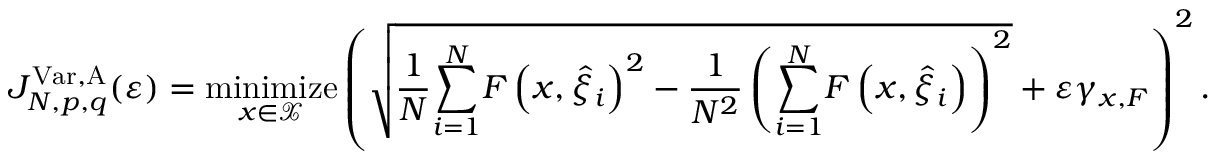
J _ { N , p , q } ^ { \mathrm { V a r } , \mathrm { A } } ( \varepsilon ) = \underset { x \in \mathcal { X } } { \mathrm { m i n i m i z e } } \left( \sqrt { \frac { 1 } { N } { \displaystyle \sum _ { i = 1 } ^ { N } } F \left( x , \widehat { \xi } _ { i } \right) ^ { 2 } - \frac { 1 } { N ^ { 2 } } \left( { \displaystyle \sum _ { i = 1 } ^ { N } } F \left( x , \widehat { \xi } _ { i } \right) \right) ^ { 2 } } + \varepsilon \gamma _ { x , F } \right) ^ { 2 } .